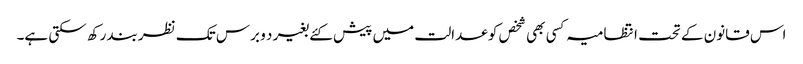
اس قانون کے تحت انتظامیہ کسی بھی شخص کو عدالت میں پیش کئے بغیر د و برس تک نظربند رکھ سکتی ہے۔